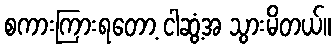
စကားကြားရတော့ ငါဆွံ့အ သွားမိတယ်။